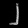
Digit: ၂